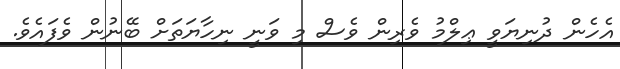
އެހެން ދުނިޔަވީ ޢިލްމު ވެރިން ވެސް މި ވަނީ ނިހާޔަތަށް ބޭނުން ވެފައެވެ.